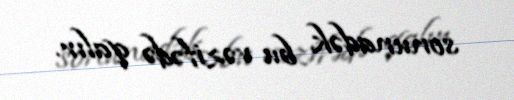
sonunadək bu vəzifədə qalır.